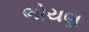
ભોયણ